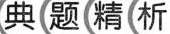
典题精析